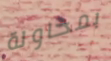
بمحاولة